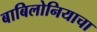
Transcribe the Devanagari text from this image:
बाबिलोनियाचा